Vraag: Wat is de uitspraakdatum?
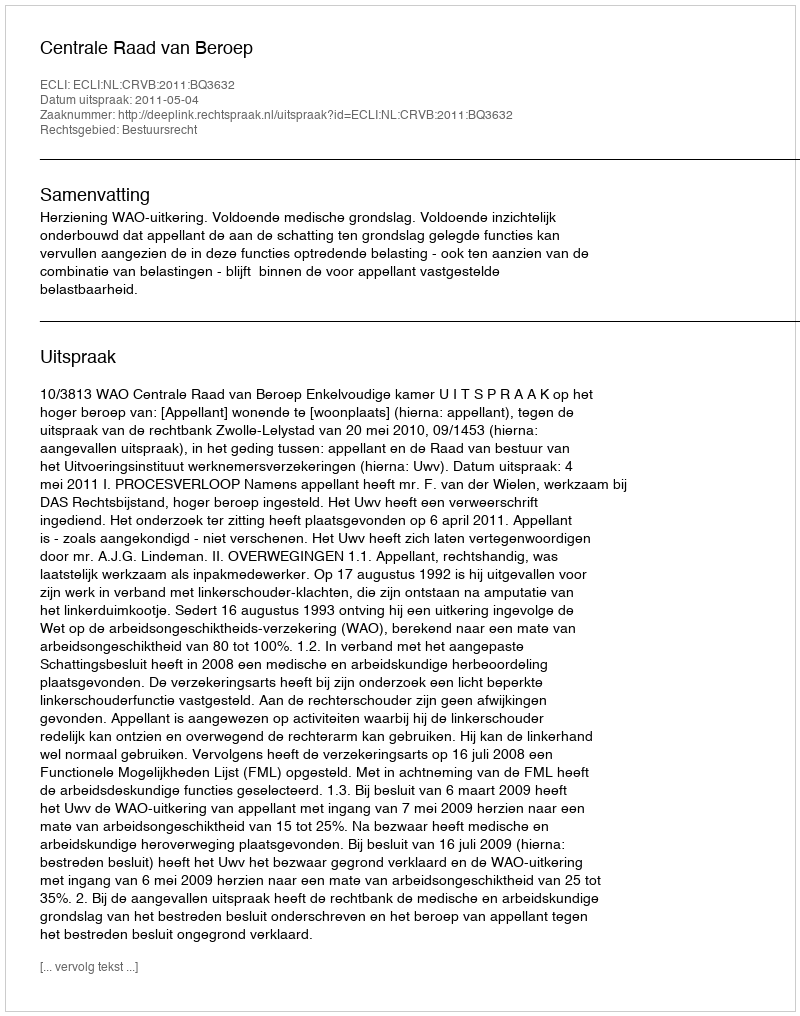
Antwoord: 2011-05-04